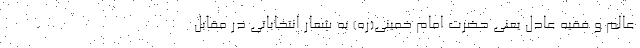
عالم و فقیه عادل یعنی حضرت امام خمینی(ره) به شعار انتخاباتی در مقابل